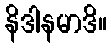
နိဒါနမာဒိ။